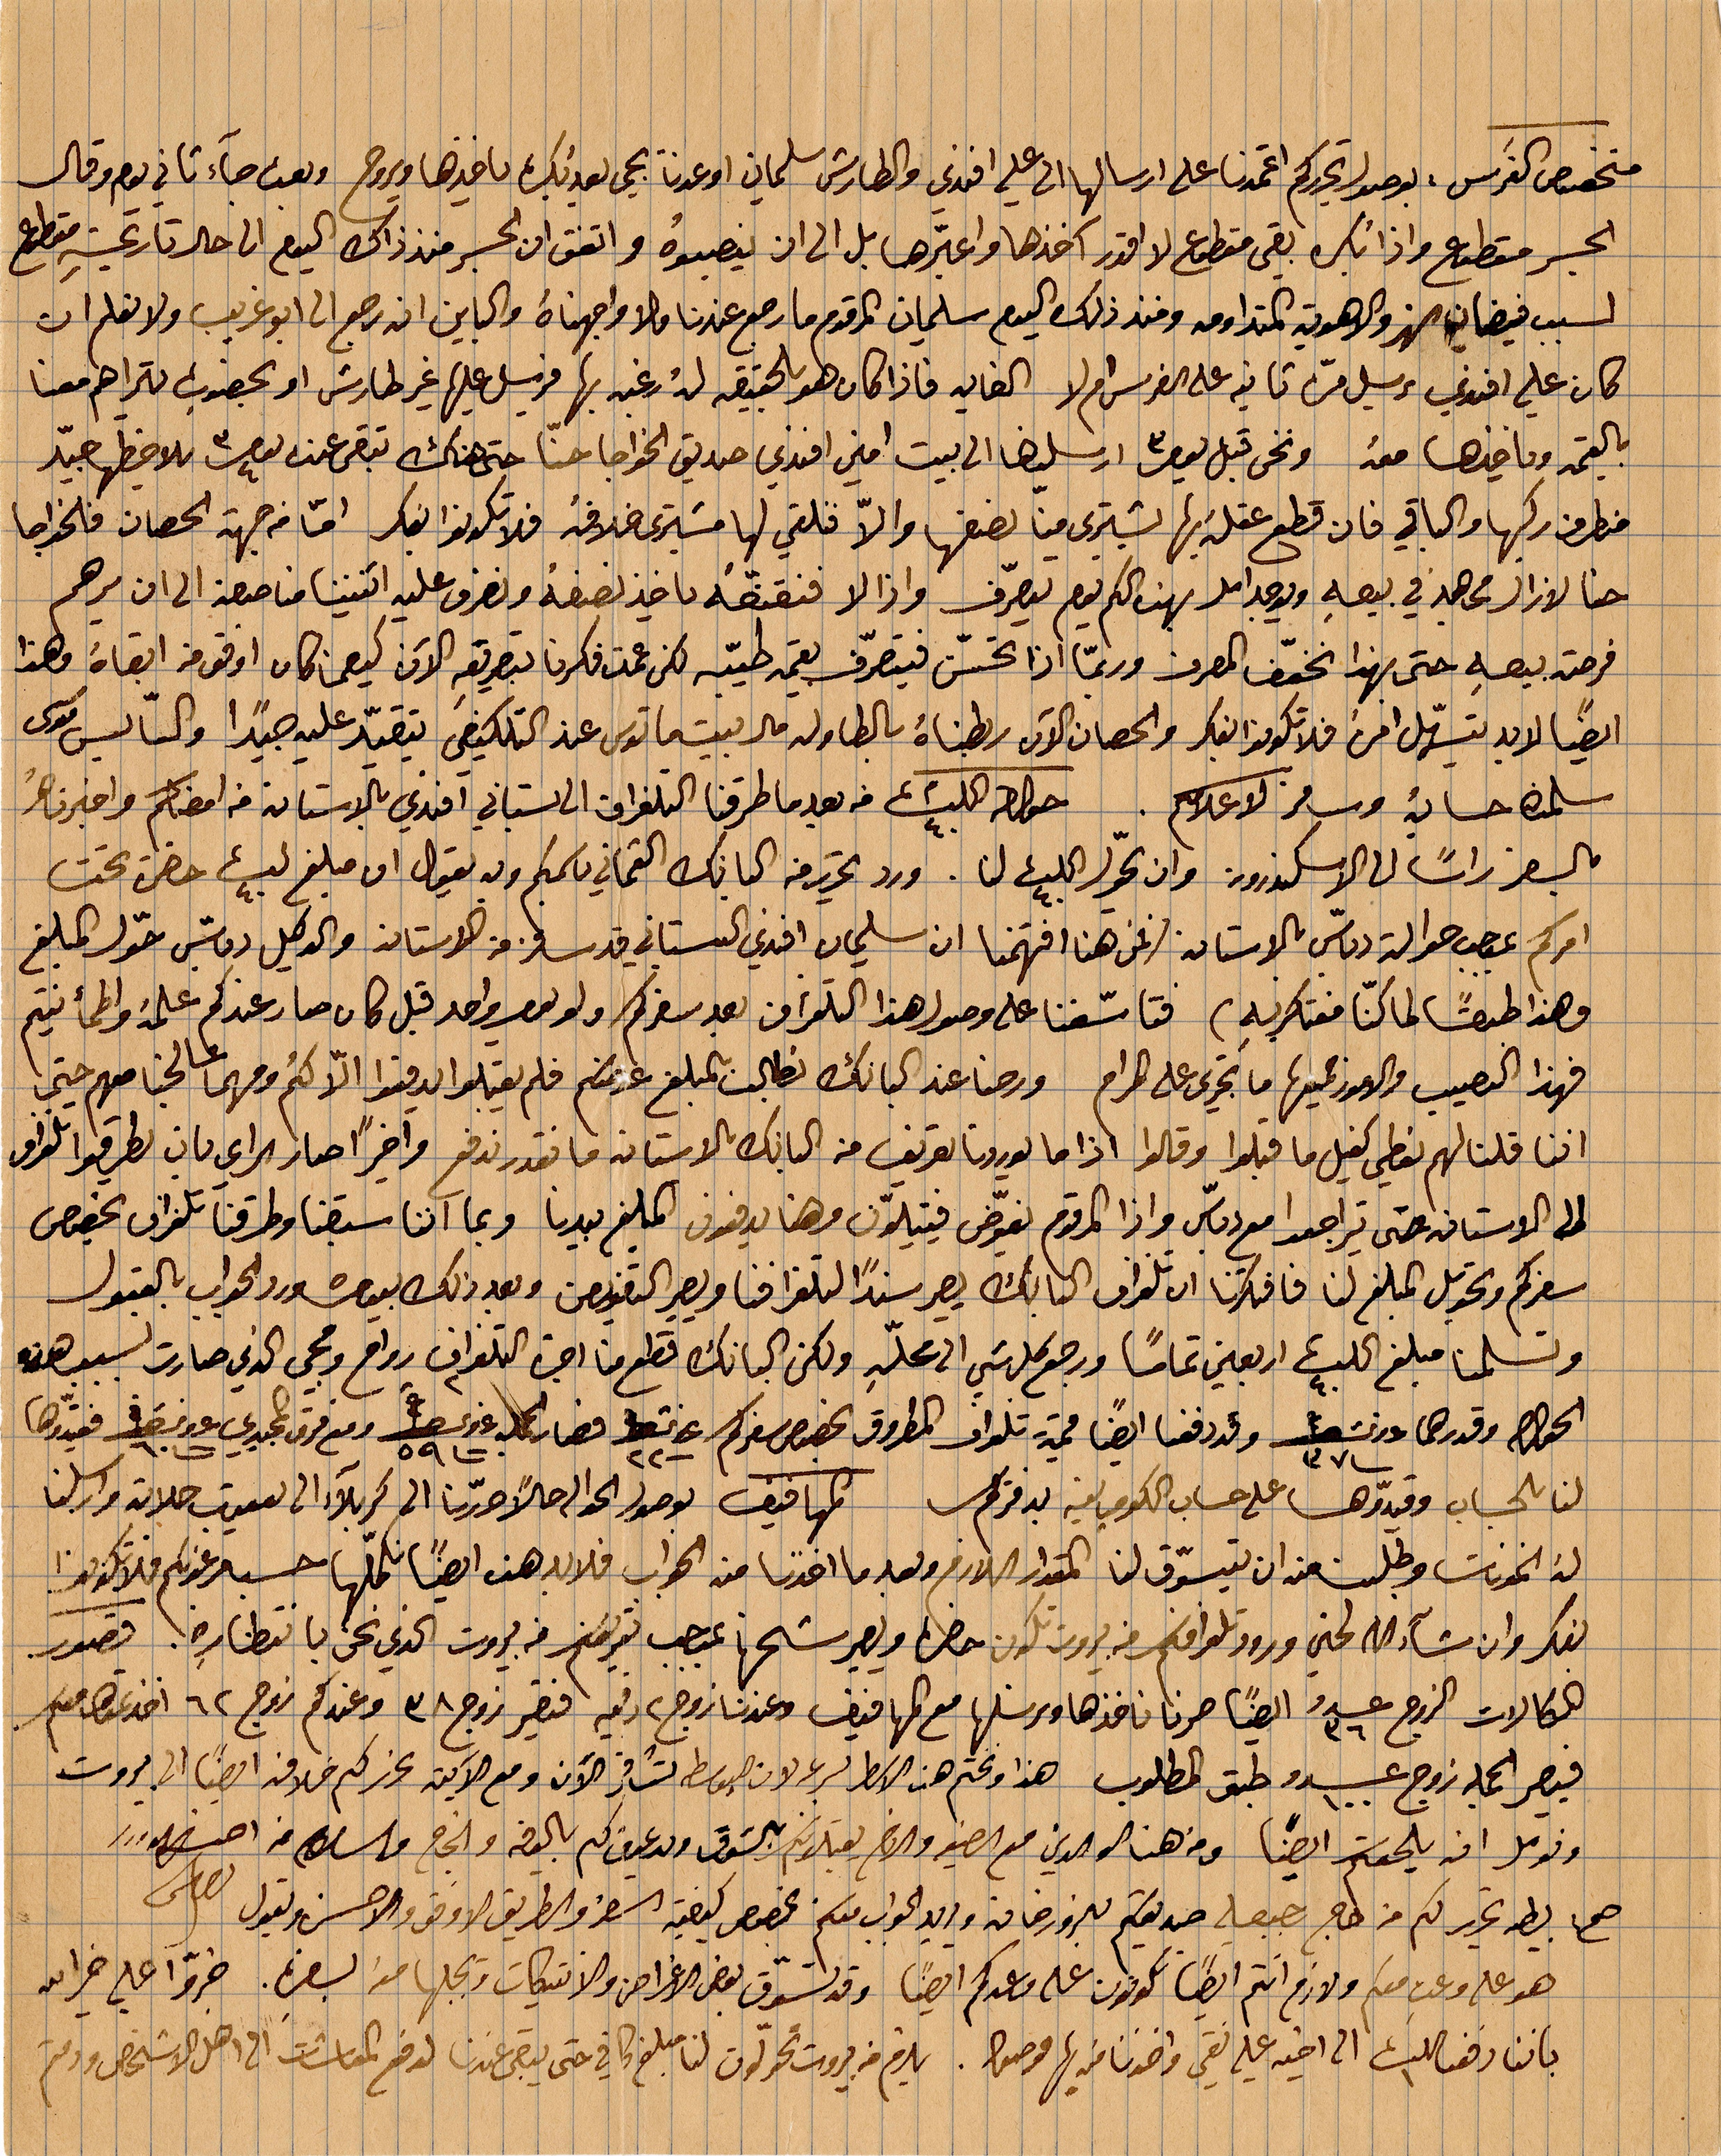
منخفض كفرس بوصول تحريركم اعتمدنا على ارسالها الى علي افندي والطارش سليمان اوعزنا يجي لعندك ياخذها ويروح وبعت جآء ثاني وقال
الجسر مقطوع واذا بكره  بقي مقطوع آخذها واعبّرها بل الى ان ينصبوه واتفق ان الجسر منذ ذاك اليوم حتى تاريخه مقطوع
لسبب فيضان النهر والاهوية المتداومة ومنذ ذلك اليوم سليمان المرقوم ما رجع عندنا فلا واجهناه وكاين ان رجع أبو غريب ولا نعلم ان
كان علي افندي مرسل من ثانية على الفرس ام لا الغاية فاذا كان هو بلحقيبة له رغبة بها فيرسل عليها غير طارش او ... يتراهم معنا
بالقيمة وياخذها معه ونحن قبل ارسلناها الي بيت امين افندي صديق الخواجا حتى هناك تبقى عند بعض ملاحظها جيّد
.... ركبها والياقي فان قطع عقله بها يشتري منا يضعها والا فنلقي لها ... خلافه فلا تكونوا الفكر اما من جهة الحصان فلخواجا
حنا لا يزال مجاهد في بيعه ويوجد امل بهذه كي يقدر يتصرّف واذا لا فنقنّعه يأخذ نصفه ونصرف عليه اثنيننا مناصفة الى ان يرهم
فرصة بيعه حتى بهذا يخفّ المصرف وربّما إزا تحسّن فيتصّرف بقيمة طيبة لكن عملت فكرنا بطريقة الآن كيفما كان اوفق من ابقاه فهذا
ايضًا لا بدّ يتسهّل امره فلا تكونوا الفكر والحصان الآن ربطناه بالطاولة قال ....عند التلكيفي يقيّد عليه جيدًا والسايس موسى
سلمنا حسائه وسافر لاعلامكم. ....فبعدما طرقنا التلغراف الى السباني افندي بالاستانة من امضاكم واخبرنا
السفر راسًا الى الاسكندرون  وان يحوّلأ ٤٠ ... لنا ورد تحرير من كتابك الثماني ... وفيه يقول ان نبلغ ٤٠ ... حضرة تحت
امركم ... حوالة دبّاس بالاستانة؟ نحن هنا افهمتنا ان سليمان افندري البستاني قد سافر الى الاستانة والوكيل دبّاس حول المبلغ
فهذا طبقًا لما كنّا مفتكر به. فتاسّفنا على وصول هذا التلغراف بعد سفركم ولم يعط واحد قبل كان صار عندكم علمه واطمأنتم
فهذا النصيب والأمور جميعها ما تجري على المرام. ورضا عند كبانك تطالب بالمبلغ عنكم فلم يقبلوا ان يدفعوا الأكمّ ومهما صالحنها معهم حتى
اننا قلنا لهم نعطي كفيل ا قبلوا وقالوا اذا ما لوردنا تعريف من البانك بالاساتنة ما نقدر ندفع واخيرًأ صار سراي بان لطرقوا تلغراف
الى الاستانة حتى يتراجعوا مع دباس واذا المرقوم تعوّض فيتلينون وهنا يدفعون المبلغ بيدنا وبما اننا سبقنا وطرقنا تلغراف بخصوص
سفركم وتحويل المبل لنا فافتكرنا ان التلغراف كتابك يصير سندًا للتلغرافيا ويصير التعويض وبعد ذلك ... بالعقول
وتسلمنا مبلغ ٤٠ ... أربعين تمامًا ورجع كل شيء الى محلّه لكن البانك قطع منا اجرة التلغراف وراح ويجي الذي صارت لسبب هذه
الحصص وقدرها ٣٧ ... وقد دفعنا ايضاًأ قيمة تلغراف المطروق بخصوص سفركم ٢٢ ... فصار مجمل ٥٩ ... ومع فرق مجيدي ... فقيدوها
لنا بحساب وقيّدوها على حساب الكومبا...بدفتركم الموافق لوصول الحوالة حالًأ حرّرنا الك كربلاء الى يعقوب حلاته وارسلنا
له الخةنات وطلبنا منه ان يتسوٌّ لنا المقدار اللازم وبعد ان اخذنا منه الجواب فلا بد هنا ايضًأ نكمّلها حسبما عندكم فلا تكونوا
بفكر وان شاء الله الحين ورود تلغرافكم في بيروت تكون حضرة ويصير ... بموجب تفويضكم في بيروت الذي نحن بانتظاره فصور
هكالات الروج عدد ٣٦ ايضًا صرنا ناخذها ونرسلها مع المهافيف وعندنا زوج ٢ فتصير زوج ٣٨ وعندكن زوج ٦٢  اخد عنها معكم
فيصير الجملة ززوج عدد ١٠٠ وطبق المطلوب وهذا ونختم هذه الاسطر بصرعة لان ... تسافر الآن مع الابنة نحرركم خلافًأ ايضًا الى بيروت
ونومل ان يلحككم ايضًا ومن هنا الوالدين مع الضيف والزوج يقبلونكم بشوق ويدعون لكم بالعافي والنجاح والسلام
صح تحرير لكم من ... صديقكم ... ويريد الجواب معكم بخصوص كيفية السفر والطريق لا وفق الاحسن يقول ...
هو علم وعت معكم ولازم انتم ايضًا تكونون على وعدكم ايَصا وقد تسوق بعض الإغراق من الانتيكات ويجلبها معه السفر. ...
باننا وقفنالك الى أخيه علي نقي واخذنا منه لها موصولًا. يلزم في بيروت تحولون لنا مبلغ كافي حتى يبقى عندنا لدفع المعاشات مع اهل الأشخاص ودمتم